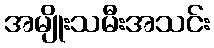
အမျိုးသမီးအသင်း